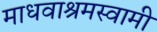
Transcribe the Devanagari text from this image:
माधवाश्रमस्वामी